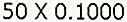
50 X 0.1000